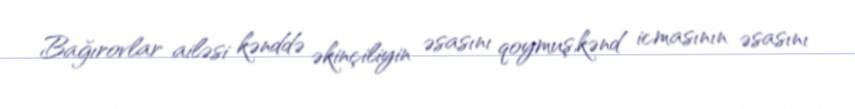
Bağırovlar ailəsi kənddə əkinçiliyin əsasını qoymuş,kənd icmasının əsasını